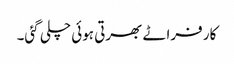
کار فراٹے بھرتی ہوئی چلی گئی۔